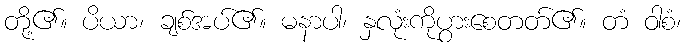
တို့၏။ ပိယာ၊ ချစ်အပ်၏။ မနာပါ၊ နှလုံးကိုပွားစေတတ်၏။ တံ ဝါစံ၊